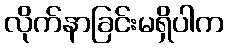
လိုက်နာခြင်းမရှိပါက